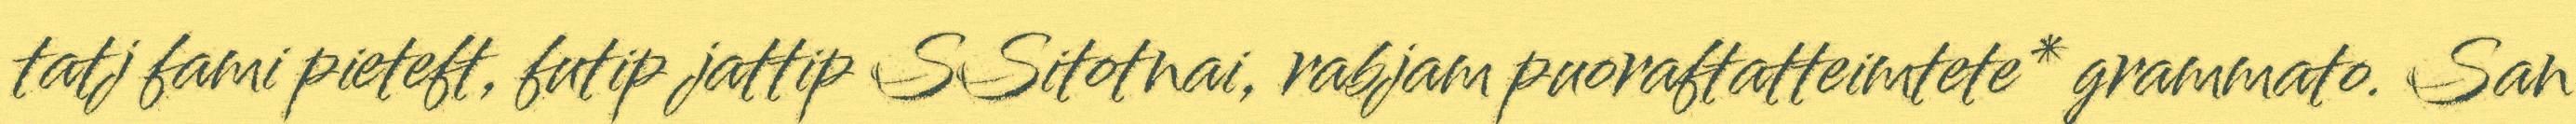
tatj fami pieteft, futip jattip SSitotnai, rabjam puoraftatteimtete* grammato. San